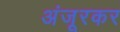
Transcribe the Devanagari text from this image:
अंजूरकर